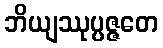
ဘိယျဿုပ္ပဇ္ဇတေ